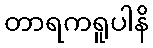
တာရကရူပါနိ